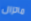
ماتزال